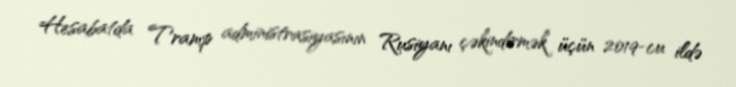
Hesabatda Tramp administrasiyasının Rusiyanı çəkindirmək üçün 2019-cu ildə